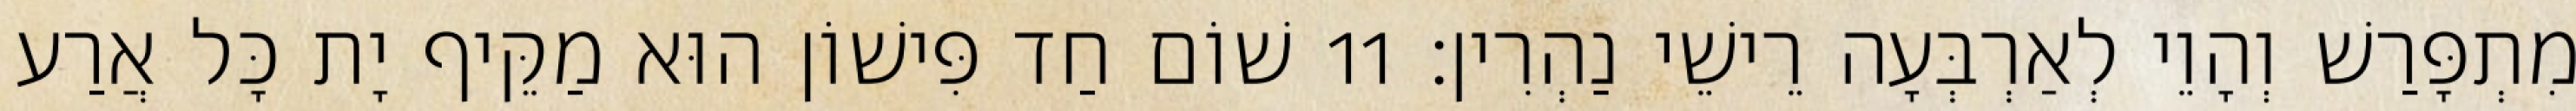
מִתְפָּרַשׁ וְהָוֵי לְאַרְבְּעָה רֵישֵׁי נַהְרִין׃ 11 שׁוֹם חַד פִּישׁוֹן הוּא מַקֵּיף יָת כָּל אֲרַע